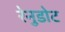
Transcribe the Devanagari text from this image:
रेनुडोट